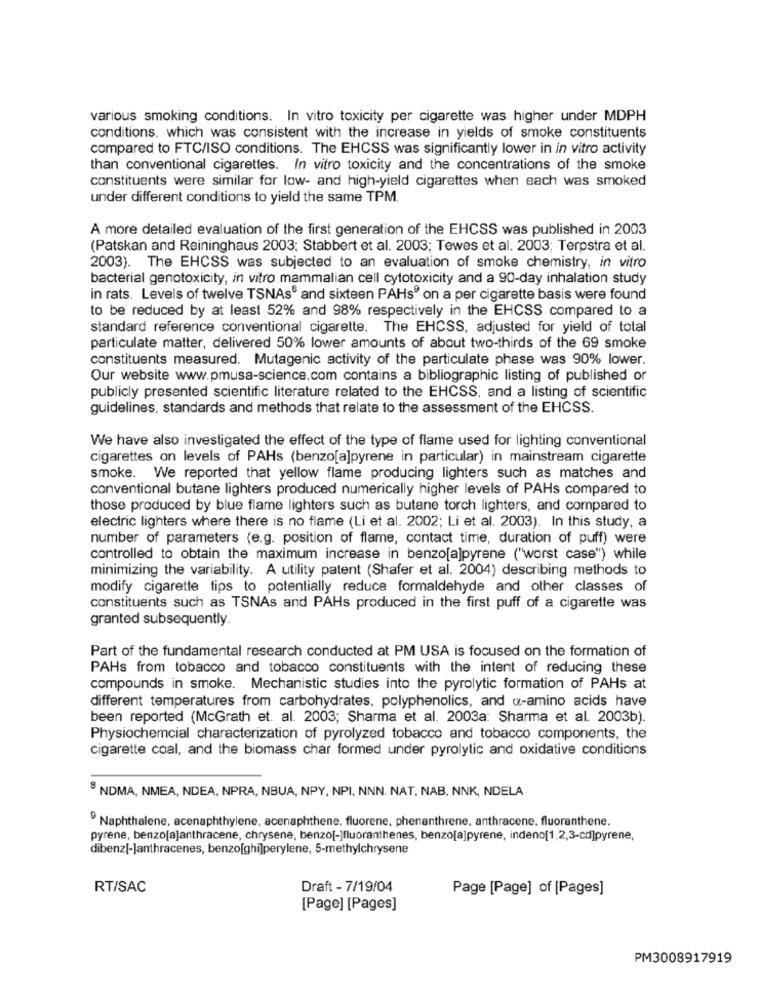
various smoking conditions. In vitro toxicity per cigarette was higher under MDPH
conditions, which was consistent with the increase in yields of smoke constituents
compared to FTC/ISO conditions. The EHCSS was significantly lower in in vitro activity
than conventional cigarettes. In vitro toxicity and the concentrations of the smoke
constituents were similar for low- and high-yield cigarettes when each was smoked
under different conditions to yield the same TPM.
A more detailed evaluation of the first generation of the EHCSS was published in 2003
(Patskan and Reininghaus 2003; Stabbert et al. 2003; Tewes et al. 2003; Terpstra et al.
2003). The EHCSS was subjected to an evaluation of smoke chemistry, in vitro
bacterial genotoxicity, in vitro mammalian cell cytotoxicity and a 90-day inhalation study
in rats. Levels of twelve TSNAs® and sixteen PAHs" on a per cigarette basis were found
to be reduced by at least 52% and 98% respectively in the EHCSS compared to a
standard reference conventional cigarette. The EHCSS, adjusted for yield of total
particulate matter, delivered 50% lower amounts of about two-thirds of the 69 smoke
constituents measured. Mutagenic activity of the particulate phase was 90% lower.
Our website www.pmusa-science.com contains a bibliographic listing of published or
publicly presented scientific literature related to the EHCSS, and a listing of scientific
guidelines, standards and methods that relate to the assessment of the EHCSS.
We have also investigated the effect of the type of flame used for lighting conventional
cigarettes on levels of PAHs (benzo[a]pyrene in particular) in mainstream cigarette
smoke. We reported that yellow flame producing lighters such as matches and
conventional butane lighters produced numerically higher levels of PAHs compared to
those produced by blue flame lighters such as butane torch lighters, and compared to
electric lighters where there is no flame (Li et al. 2002; Li et al. 2003). In this study, a
number of parameters (e.g. position of flame, contact time, duration of puff) were
controlled to obtain the maximum increase in benzo[a]pyrene ("worst case") while
minimizing the variability. A utility patent (Shafer et al. 2004) describing methods to
modify cigarette tips to potentially reduce formaldehyde and other classes of
constituents such as TSNAs and PAHs produced in the first puff of a cigarette was
granted subsequently.
Part of the fundamental research conducted at PM USA is focused on the formation of
PAHs from tobacco and tobacco constituents with the intent of reducing these
compounds in smoke. Mechanistic studies into the pyrolytic formation of PAHs at
different temperatures from carbohydrates. polyphenolics, and «-amino acids have
been reported (McGrath et. al. 2003; Sharma et al. 2003a: Sharma et al. 2003b).
Physiochemcial characterization of pyrolyzed tobacco and tobacco components, the
cigarette coal, and the biomass char formed under pyrolytic and oxidative conditions
8 NDMA, NMEA, NDEA, NPRA, NBUA, NPY, NPI, NNN. NAT, NAB. NNK, NDELA
Naphthalene, acenaphthylene, acenaphthene, fluorene, phenanthrene, anthracene, fluoranthene.
pyrene, benzo[a]anthracene, chrysene, benzo[-]fluoranthenes, benzo[a]pyrene, indeno[1,2,3-cd]pyrene,
dibenz[-]anthracenes, benzo[ghi]perylene, 5-methylchrysene
RT/SAC
Draft - 7/19/04
Page [Page] of [Pages]
[Page] [Pages]
PM3008917919